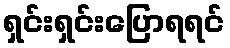
ရှင်းရှင်းပြောရရင်